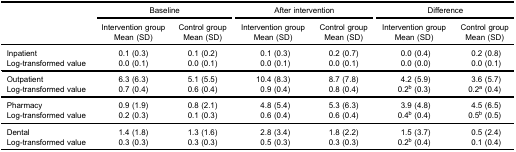
<table><thead><tr><td><b> </b></td><td colspan="2"><b>Baseline</b></td><td colspan="2"><b>After intervention</b></td><td colspan="2"><b>Difference</b></td></tr><tr><td><b> </b></td><td><b>Intervention group</b></td><td><b>Control group</b></td><td><b>Intervention group</b></td><td><b>Control group</b></td><td><b>Intervention group</b></td><td><b>Control group</b></td></tr><tr><td><b> </b></td><td><b>Mean (SD)</b></td><td><b>Mean (SD)</b></td><td><b>Mean (SD)</b></td><td><b>Mean (SD)</b></td><td><b>Mean (SD)</b></td><td><b>Mean (SD)</b></td></tr></thead><tbody><tr><td>Inpatient</td><td>0.1 (0.3)</td><td>0.1 (0.2)</td><td>0.1 (0.3)</td><td>0.2 (0.7)</td><td>0.0 (0.4)</td><td>0.2 (0.8)</td></tr><tr><td>Log-transformed value</td><td>0.0 (0.1)</td><td>0.0 (0.1)</td><td>0.0 (0.1)</td><td>0.0 (0.1)</td><td>0.0 (0.0)</td><td>0.0 (0.1)</td></tr><tr><td>Outpatient</td><td>6.3 (6.3)</td><td>5.1 (5.5)</td><td>10.4 (8.3)</td><td>8.7 (7.8)</td><td>4.2 (5.9)</td><td>3.6 (5.7)</td></tr><tr><td>Log-transformed value</td><td>0.7 (0.4)</td><td>0.6 (0.4)</td><td>0.9 (0.4)</td><td>0.8 (0.4)</td><td>0.2<sup>b</sup> (0.3)</td><td>0.2<sup>a</sup> (0.4)</td></tr><tr><td>Pharmacy</td><td>0.9 (1.9)</td><td>0.8 (2.1)</td><td>4.8 (5.4)</td><td>5.3 (6.3)</td><td>3.9 (4.8)</td><td>4.5 (6.5)</td></tr><tr><td>Log-transformed value</td><td>0.2 (0.3)</td><td>0.1 (0.3)</td><td>0.6 (0.4)</td><td>0.6 (0.4)</td><td>0.4<sup>b</sup> (0.4)</td><td>0.5<sup>b</sup> (0.5)</td></tr><tr><td>Dental</td><td>1.4 (1.8)</td><td>1.3 (1.6)</td><td>2.8 (3.4)</td><td>1.8 (2.2)</td><td>1.5 (3.7)</td><td>0.5 (2.4)</td></tr><tr><td>Log-transformed value</td><td>0.3 (0.3)</td><td>0.3 (0.3)</td><td>0.5 (0.3)</td><td>0.3 (0.3)</td><td>0.2<sup>b</sup> (0.4)</td><td>0.1 (0.4)</td></tr></tbody></table>